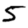
Digit: 5